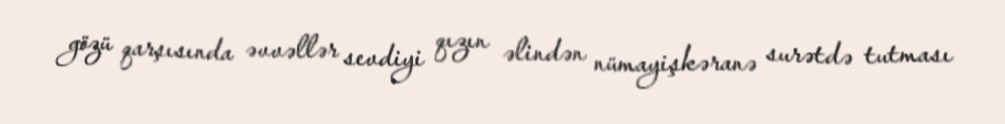
gözü qarşısında əvvəllər sevdiyi qızın əlindən nümayişkəranə surətdə tutması